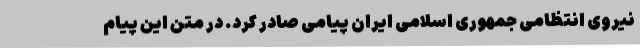
نیروی انتظامی جمهوری اسلامی ایران پیامی صادر کرد. در متن این پیام